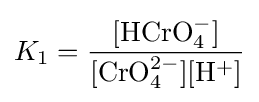
K_{1}={\frac {[\mathrm {HCrO_{4}^{-}} ]}{[\mathrm {CrO_{4}^{2-}} ][\mathrm {H^{+}} ]}}